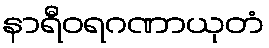
နာရီဝရဂဏာယုတံ